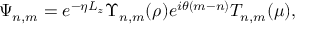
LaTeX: \Psi _ { n , m } = e ^ { - \eta L _ { z } } \Upsilon _ { n , m } ( \rho ) e ^ { i \theta ( m - n ) } T _ { n , m } ( \mu ) ,